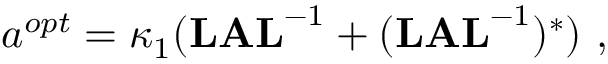
a ^ { o p t } = \kappa _ { 1 } ( { \bf L A L } ^ { - 1 } + ( { \bf L A L } ^ { - 1 } ) ^ { * } ) \mathrm { ~ , ~ }